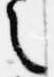
之